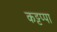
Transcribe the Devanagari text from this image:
कट्टप्पा